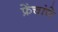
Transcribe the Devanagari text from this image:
फ्रेंचांचे